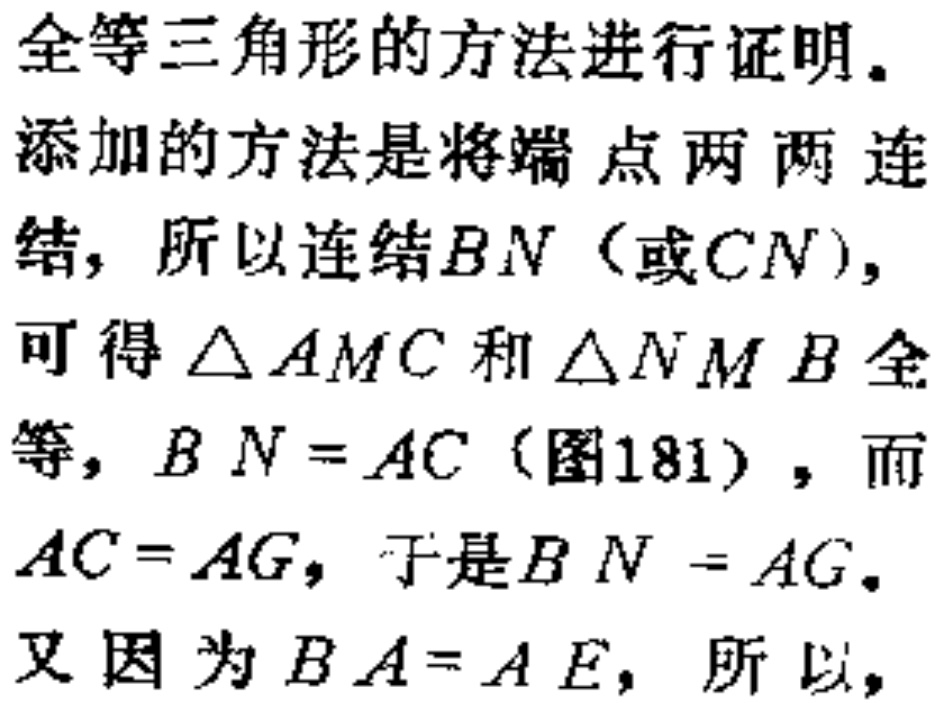
全等三角形的方法进行证明.

添加的方法是将端点两两连

结, 所以连结\(BN\)（或\(CN\)）,

可得\(\triangle AMC\)和\(\triangle NMB\)全

等, \(BN = AC\)（图181）, 而

\(AC = AG\), 于是\(BN = AG\).

又因为\(BA = AE\), 所以,